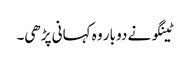
ٹینگو نے دو بار وہ کہانی پڑھی۔